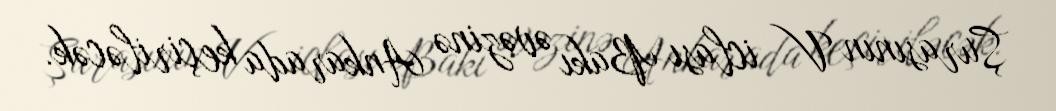
Şurasının V iclası Bakı əvəzinə Ankarada keçiriləcək.